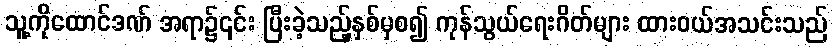
သူ့ကိုထောင်ဒဏ် အရာ၌၎င်း ပြီးခဲ့သည့်နှစ်မှစ၍ ကုန်သွယ်ရေးဂိတ်များ ထားဝယ်အသင်းသည်